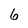
Character: 6